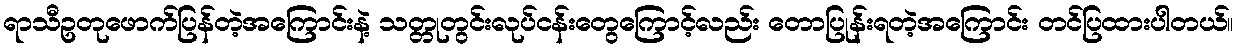
ရာသီဥတုဖောက်ပြန်တဲ့အကြောင်းနဲ့ သတ္တုတွင်းလုပ်ငန်းတွေကြောင့်လည်း တောပြုန်းရတဲ့အကြောင်း တင်ပြထားပါတယ်။